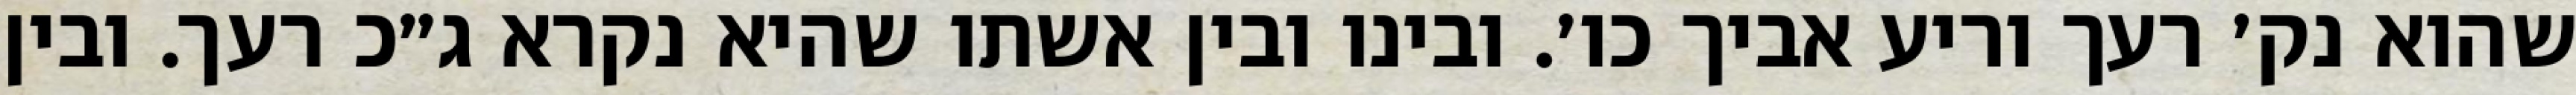
שהוא נק׳ רעך וריע אביך כו׳. ובינו ובין אשתו שהיא נקרא ג״כ רעך. ובין